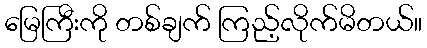
မြေကြီးကို တစ်ချက် ကြည့်လိုက်မိတယ်။